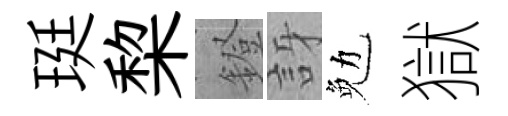
珽棃鐙訝勉獄